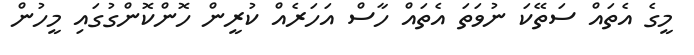
މީގެ އެތައް ސަތޭކަ ނުވަތަ އެތައް ހާސް އަހަރެއް ކުރީން ހޮންކޮންގުގައި މީހުން